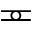
\eqcirc